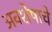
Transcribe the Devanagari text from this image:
अवशेषाचे